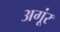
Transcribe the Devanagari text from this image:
अगूंर